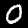
Label: 0